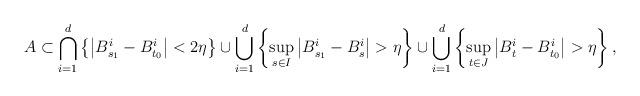
LaTeX: \begin{align*}A\subset \bigcap_{i=1}^{d}\left\{ \left|B_{s_{1}}^{i}-B_{t_{0}}^{i}\right|<2\eta\right\} \cup\bigcup_{i=1}^{d}\left\{ \sup_{s\in I}\left|B_{s_{1}}^{i}-B_{s}^{i}\right|>\eta\right\} \cup\bigcup_{i=1}^{d}\left\{ \sup_{t\in J}\left|B_{t}^{i}-B_{t_{0}}^{i}\right|>\eta\right\} ,\end{align*}